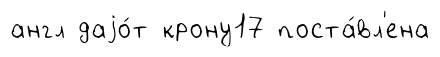
англ даjо́т крону17 поста́вл'ена